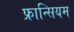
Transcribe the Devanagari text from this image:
फ्रान्सियम